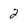
Character: 2